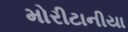
મોરીટાનીયા